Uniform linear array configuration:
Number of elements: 48
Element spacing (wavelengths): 0.5
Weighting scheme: binomial
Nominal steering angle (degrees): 45
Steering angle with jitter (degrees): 44.197
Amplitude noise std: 0.05
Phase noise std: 0.05

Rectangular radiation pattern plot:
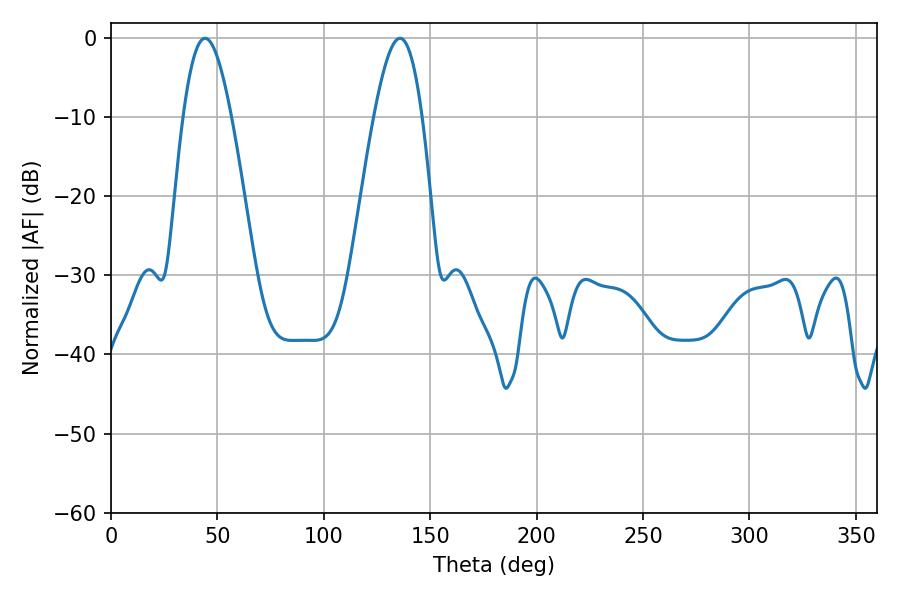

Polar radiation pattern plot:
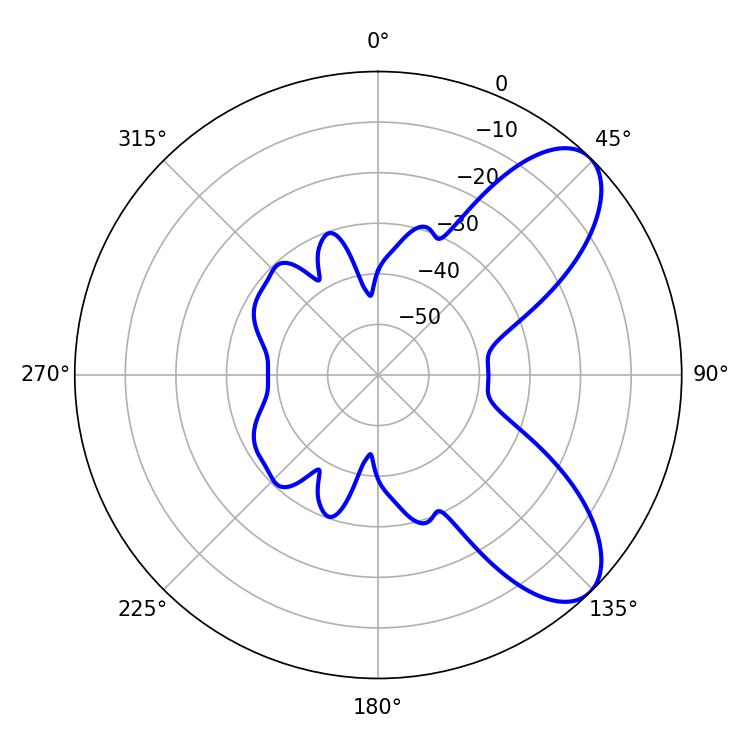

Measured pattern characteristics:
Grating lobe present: FALSE
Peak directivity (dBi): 7.892
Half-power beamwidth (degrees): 12.24
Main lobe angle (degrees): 44.28